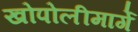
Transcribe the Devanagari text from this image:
खोपोलीमार्गे